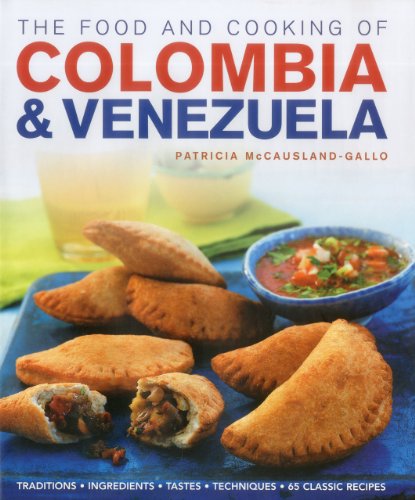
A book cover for The Food and Cooking of Colombia & Venezuela: Traditions, ingredients, tastes, techniques, 65 classic recipes; Patricia McCausland-Gallo; Cookbooks, Food & Wine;